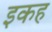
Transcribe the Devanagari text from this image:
इकह